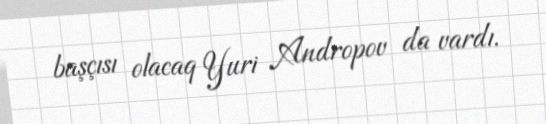
başçısı olacaq Yuri Andropov da vardı.